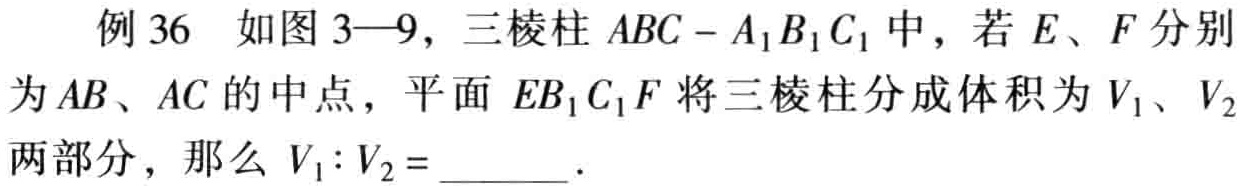
例 36 如图 3—9，三棱柱 \(ABC - A_{1}B_{1}C_{1}\) 中，若 \(E、F\) 分别为 \(AB、AC\) 的中点，平面 \(EB_{1}C_{1}F\) 将三棱柱分成体积为 \(V_{1}、V_{2}\) 两部分，那么 \(V_{1}:V_{2}=\)______．